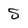
Character: 5